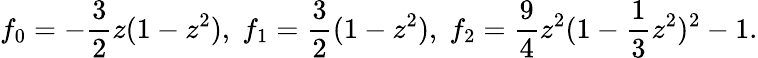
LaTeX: f_{0}=-\frac{3}{2}z(1-z^{2}),\; f_{1}=\frac{3}{2}(1-z^{2}),\; f_{2}=\frac{9}{4}z^{2}(1-\frac{1}{3}z^{2})^{2}-1.